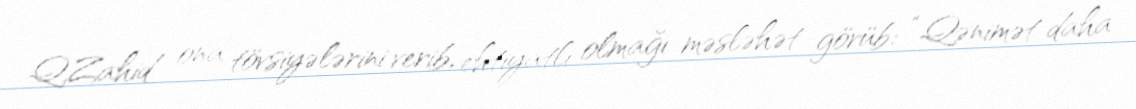
Q.Zahid ona tövsiyələrini verib, ehtiyatlı olmağı məsləhət görüb: “Qənimət daha